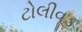
ટોલીવૂડ